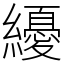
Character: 纋